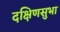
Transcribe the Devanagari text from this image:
दक्षिणसुभा